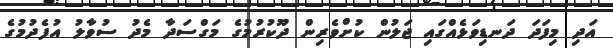
އަދި މިފަދަ ދަނޑިވަޅެއްގައި ޖަލުން ކުށްވެރިން ދޫކުރުމުގެ މަގްސަދާ މެދު ސުވާލު އުފެދުމުގެ